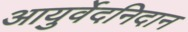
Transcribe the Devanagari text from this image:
आयुर्वेदनिदान